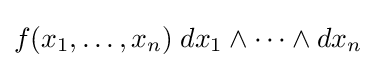
f(x_{1},\ldots ,x_{n})\;dx_{1}\wedge \cdots \wedge dx_{n}